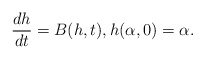
\begin{align*}\frac{dh}{dt}=B(h,t),h(\alpha,0)=\alpha.\end{align*}